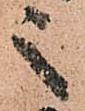
之